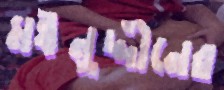
মঈনুদ্দীনের